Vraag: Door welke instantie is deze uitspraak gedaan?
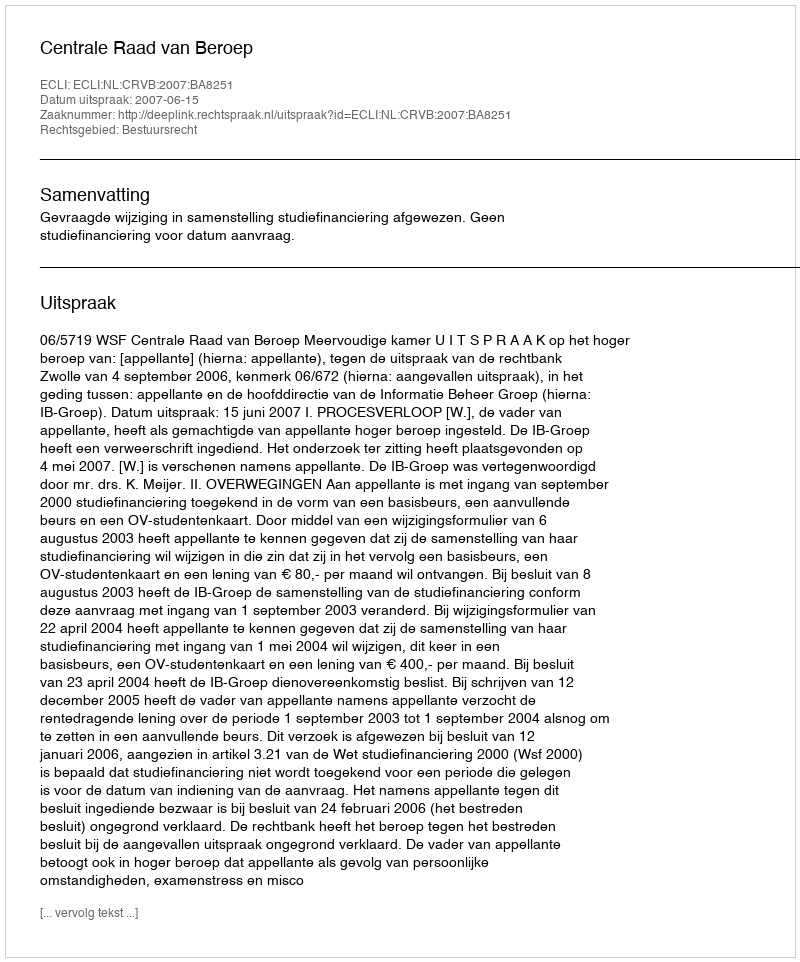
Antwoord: Centrale Raad van Beroep